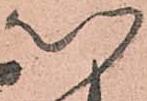
以